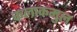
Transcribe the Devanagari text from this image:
कलाकमुल